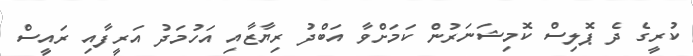
ކުރީގެ ދެ ޕޮލިސް ކޮމިޝަނަރުން ކަމަށްވާ އަބްދު ރިޔާޒާއި އަހުމަދު އަރީފާއި ރައީސް